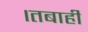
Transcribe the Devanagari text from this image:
।तबाही